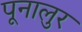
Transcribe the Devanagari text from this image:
पूनालुर